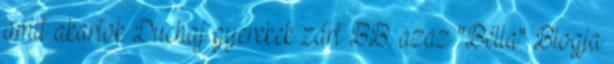
amit akartok Duchaj gyerekek zárt BB. azaz "Bélla" Blogja